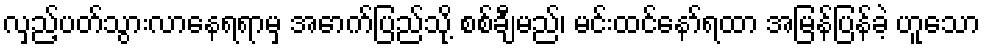
လှည့်ပတ်သွားလာနေရရာမှ အောက်ပြည်သို့ စစ်ချီမည်၊ မင်းထင်နော်ရထာ အမြန်ပြန်ခဲ့ ဟူသော